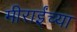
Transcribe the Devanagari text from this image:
मीराईंच्या